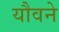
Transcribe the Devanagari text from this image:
यौवने